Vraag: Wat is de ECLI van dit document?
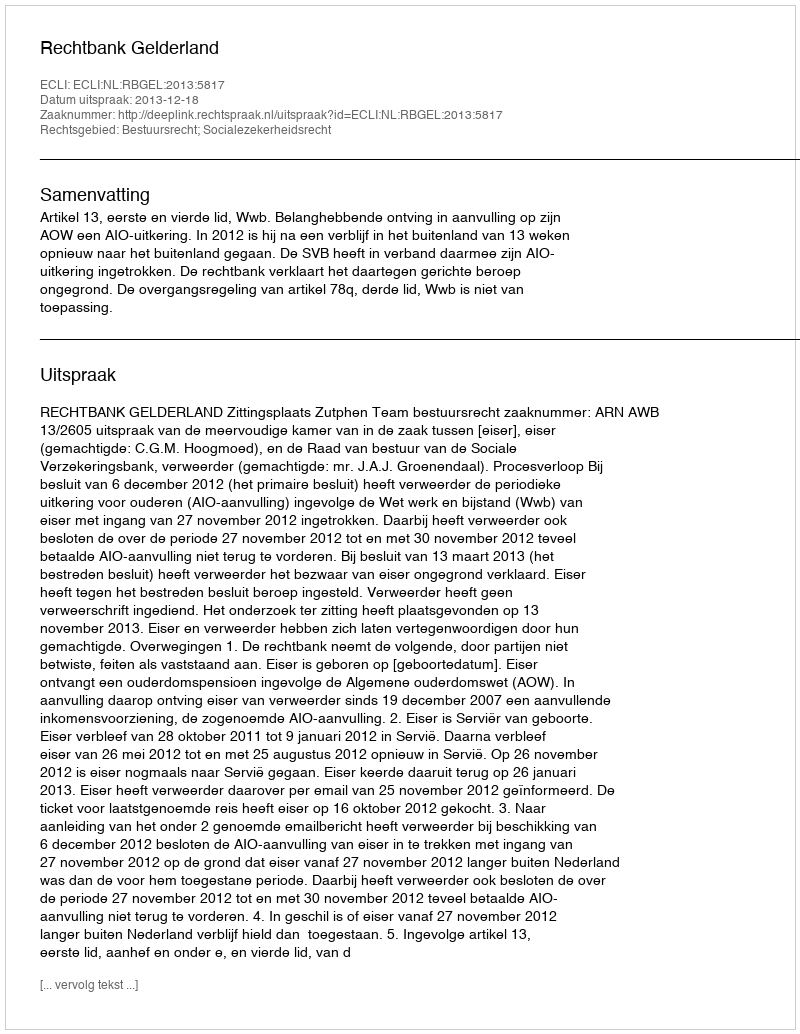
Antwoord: ECLI:NL:RBGEL:2013:5817